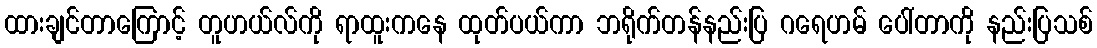
ထားချင်တာကြောင့် တူဟယ်လ်ကို ရာထူးကနေ ထုတ်ပယ်ကာ ဘရိုက်တန်နည်းပြ ဂရေဟမ် ပေါ်တာကို နည်းပြသစ်